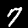
Digit: 7